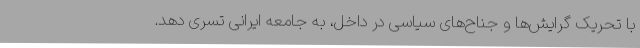
با تحریک گرایش‌ها و جناح‌های سیاسی در داخل، به جامعه ایرانی تسری دهد.